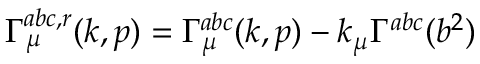
\Gamma _ { \mu } ^ { a b c , r } ( k , p ) = \Gamma _ { \mu } ^ { a b c } ( k , p ) - k _ { \mu } \Gamma ^ { a b c } ( b ^ { 2 } )